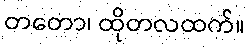
တတော၊ ထိုတလထက်။